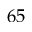
6 5